Report on lock hospitals in British Burma
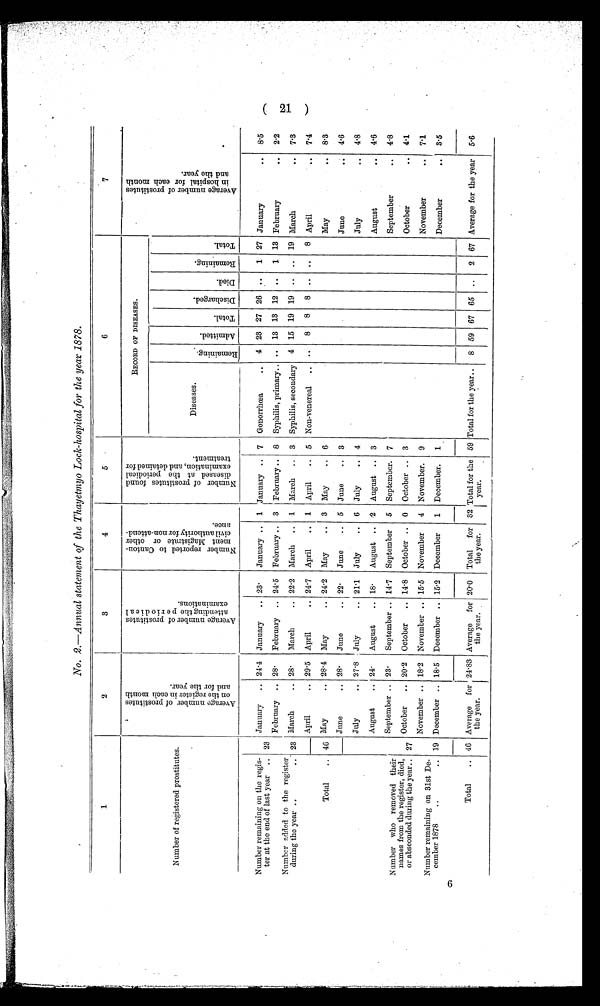
No. 2.—Annual statement of the Thayetmyo Lock-hospital for the year 1878.
1
2
3
4
5
6
7
Number of registered prostitutes.
A v e r a g e n u m b e r o f p r o s t i t u t e s
o n t h e e a c h r e g i s t e r i n e a c h m o n t h
a n d f o r t h e y e a r .
A v e r a g e n u m b e r o f p r o s t i t u t e s
a t t e n d i n g t h e p e r o d i c a lexaminations.
N u m b e r r e p o r t e d t o C a n t o n -
m e n t M a g i s t r a t e o r o t h e rc
i v i l a u t h o r i t y
f o r n o - a t t e n d -
a n c e .
N u m b e r o f p r o s t i t u t e s f o u n d
d i s e a s e d a t t h e p e r i o d i c a le
x a m i n a t i o n , a n d d e t a i n e d f o rt
r e a t m e n t .
RECORD OF DISEASES.
A v e r a g e n u m b e r o f p r o s t i t u t e s
i n h o s p i t a l f o r e a c h m o n t h
a n d t h e y e a r .
Diseases.
R e m a i n i n g .
A d m i t t e d .
T o t a l .
D i s c h a r g e d .
D i e d .
R e m a i n i n g .
T o t a l .
Number remaining on the regis-
ter at the end of last year .. 23
January
.. 24.4 January
.. 23.
January .. 1 January .. 7 Gonorrhœa
..
4 23 27 26 ..
1 27 January
..
8.5
Number added to the register
• •
during the year ..
. . 23
February .. 28.
February .. 24.5 February .. 3 February .. 8 Syphilis, primary..
. . 13 13 12 ..
1 13 February
..
2.2
March
.. 28.
March
.. 22.2 March
.. 1 March .. 3 Syphilis, secondary 4 15 19 19
..
19 March
..
7.3
Total
..
April
.. 29.5 April
.. 24.7 April
.. 1 April
.. 5 Non-venereal
..
. .
8
8
8
..
.. 8 April
..
7.4
_____
46 May
.. 28.4 May
.. 24.2 May
.. 3 May
.. 6
May
..
8.3
June
.. 28.
June
.. 22.
June
.. 5 June
.. 3
June
..
4.6
Number who removed their
names from the register, died,
or absconded dming the year..
July
.. 27.8 July
.. 21.1 July
.. 6 July
.. 4
July
..
4.8
August
.. 24.
August
.. 18.
August .. 2 August .. 3
August
..
4.6
September .. 23.
September .. 14.7 September
5 September. 7
September
..
4.8
27
October
.. 20.2 October
.. 14.8 October .. 0 October .. 3
October
..
4.1
November .. 18.2 November .. 15.5 November
4 November. 9
November
7.1
Number remaining on 31st De-
cember 1878
..
.. 19 December .. 18.5 December .. 15.2 December
1 December.
1
December
..
3.5
Total
.. 46 Average for
the year.
24.83 Average for
the year.
20.0 Total
for
the year.
32 Total for the
year.
59 Total for the year..
8 59 67 65 ..
2 67 Average for the year
5.6
(21)